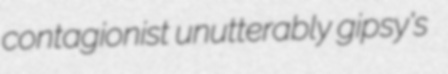
contagionist unutterably gipsy's